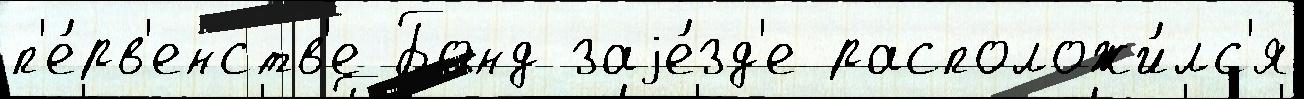
п'е́рв'енств'е Бонд заjе́зд'е расположи́лс'я